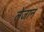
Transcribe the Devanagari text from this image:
लेजान